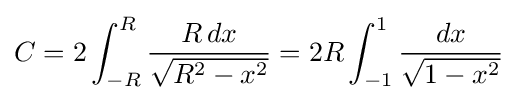
C=2\int _{-R}^{R}{\frac {R\,dx}{\sqrt {R^{2}-x^{2}}}}=2R\int _{-1}^{1}{\frac {dx}{\sqrt {1-x^{2}}}}